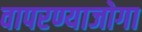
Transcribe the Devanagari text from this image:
वापरण्याजोगा